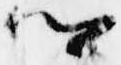
卿